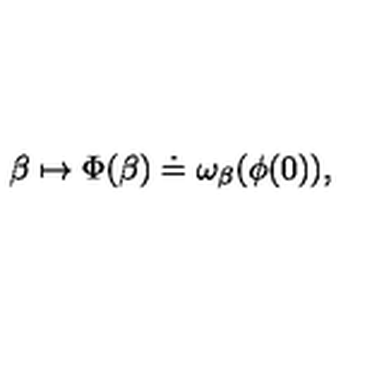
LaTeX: \beta \mapsto \Phi ( \beta ) \doteq \omega _ { \beta } ( \phi ( 0 ) ) ,